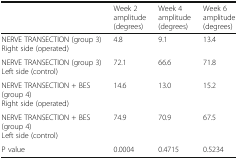
<table><thead><tr><td></td><td><b>Week 2 amplitude (degrees)</b></td><td><b>Week 4 amplitude (degrees)</b></td><td><b>Week 6 amplitude (degrees)</b></td></tr></thead><tbody><tr><td>NERVE TRANSECTION (group 3)Right side (operated)</td><td>4.8</td><td>9.1</td><td>13.4</td></tr><tr><td>NERVE TRANSECTION (group 3)Left side (control)</td><td>72.1</td><td>66.6</td><td>71.8</td></tr><tr><td>NERVE TRANSECTION + BES(group 4)Right side (operated)</td><td>14.6</td><td>13.0</td><td>15.2</td></tr><tr><td>NERVE TRANSECTION + BES(group 4)Left side (control)</td><td>74.9</td><td>70.9</td><td>67.5</td></tr><tr><td>P value</td><td>0.0004</td><td>0.4715</td><td>0.5234</td></tr></tbody></table>